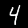
Digit: 4